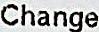
CHANGE